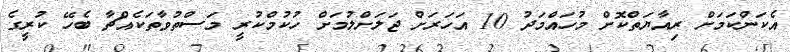
އެކަންކަމަށް ރިއާޔަތްކޮށް މުހައްމަދު 10 އަހަރަށް ޖަލަށްލުމަށް ހުކުމްކުރީ މަސްތުވާތަކެއްޗާ ބެހޭ ކުރީގެ